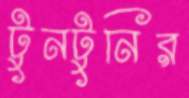
টুনটুনির